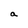
Character: a